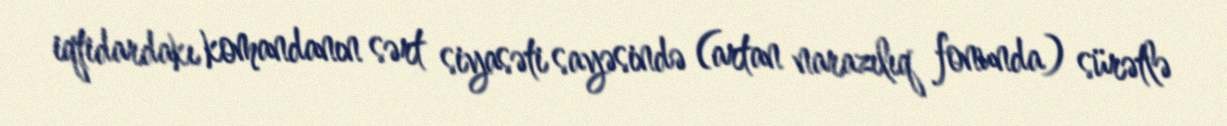
iqtidardakı komandanın sərt siyasəti sayəsində (artan narazılıq fonunda) sürətlə